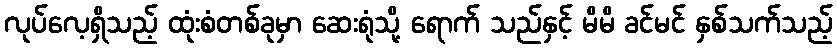
လုပ်လေ့ရှိသည့် ထုံးစံတစ်ခုမှာ ဆေးရုံသို့ ရောက် သည်နှင့် မိမိ ခင်မင် နှစ်သက်သည့်